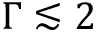
\Gamma \lesssim 2